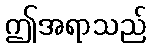
ဤအရာသည်